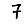
Digit: 7